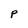
Character: p